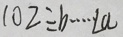
1 0 2 \div b \cdots L a